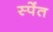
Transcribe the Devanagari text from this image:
स्पेंत